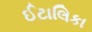
ઈટાલિકા